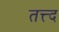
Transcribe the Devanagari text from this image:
तत्त्द